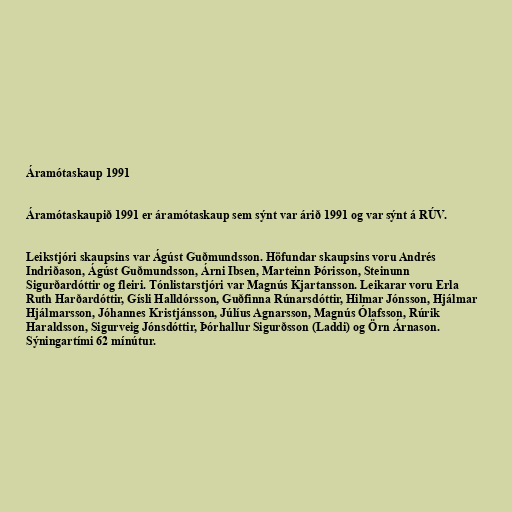
Áramótaskaup 1991

Áramótaskaupið 1991 er áramótaskaup sem sýnt var árið 1991 og var sýnt á RÚV.

Leikstjóri skaupsins var Ágúst Guðmundsson. Höfundar skaupsins voru Andrés
Indriðason, Ágúst Guðmundsson, Árni Ibsen, Marteinn Þórisson, Steinunn
Sigurðardóttir og fleiri. Tónlistarstjóri var Magnús Kjartansson. Leikarar voru Erla
Ruth Harðardóttir, Gísli Halldórsson, Guðfinna Rúnarsdóttir, Hilmar Jónsson, Hjálmar
Hjálmarsson, Jóhannes Kristjánsson, Júlíus Agnarsson, Magnús Ólafsson, Rúrik
Haraldsson, Sigurveig Jónsdóttir, Þórhallur Sigurðsson (Laddi) og Örn Árnason.
Sýningartími 62 mínútur.